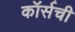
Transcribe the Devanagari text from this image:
कॉर्सची